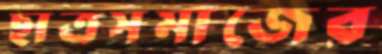
ছাত্রসমাজের